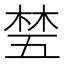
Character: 𬂽